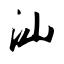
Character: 汕